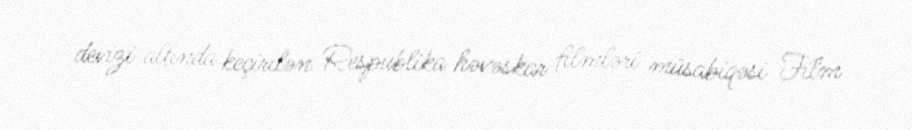
devizi altında keçirilən Respublika həvəskar filmləri müsabiqəsi Film